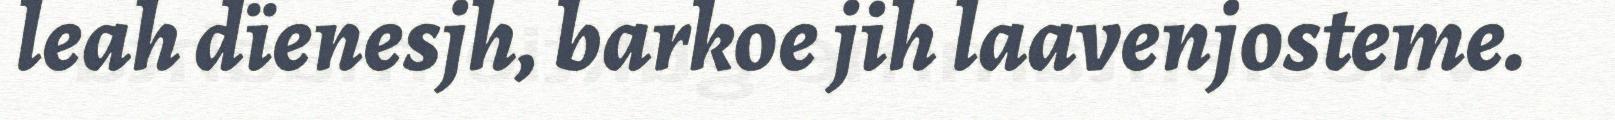
leah dïenesjh, barkoe jih laavenjosteme.